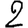
Digit: 2